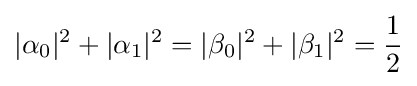
|\alpha _{0}|^{2}+|\alpha _{1}|^{2}=|\beta _{0}|^{2}+|\beta _{1}|^{2}={\frac {1}{2}}